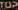
TOP